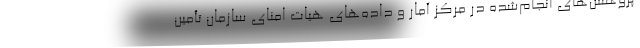
پژوهش‌های انجام‌شده در مرکز آمار و داده‌های هیات ‌امنای سازمان تأمین